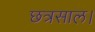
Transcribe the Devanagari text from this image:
छत्रसाल।